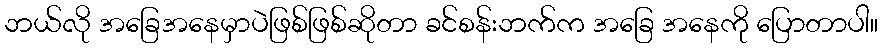
ဘယ်လို အခြေအနေမှာပဲဖြစ်ဖြစ်ဆိုတာ ခင်စန်းဘက်က အခြေ အနေကို ပြောတာပါ။